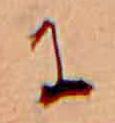
に